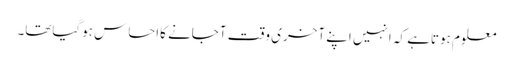
معلوم ہوتاہے کہ انہیں اپنے آخری وقت آجانے کااحساس ہوگیاتھا۔